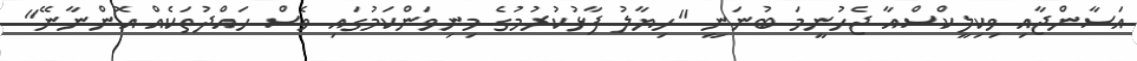
އަސާންޖާއި ވިކިލީކްސްއާ ޖެހުނީމަ ބުނަނީ "ހިޔާލު ފާޅުކުރުމުގެ މިނިވަންކަމުގައި ވެސް ހައްދުތަކެއް އޮންނާނޭ"